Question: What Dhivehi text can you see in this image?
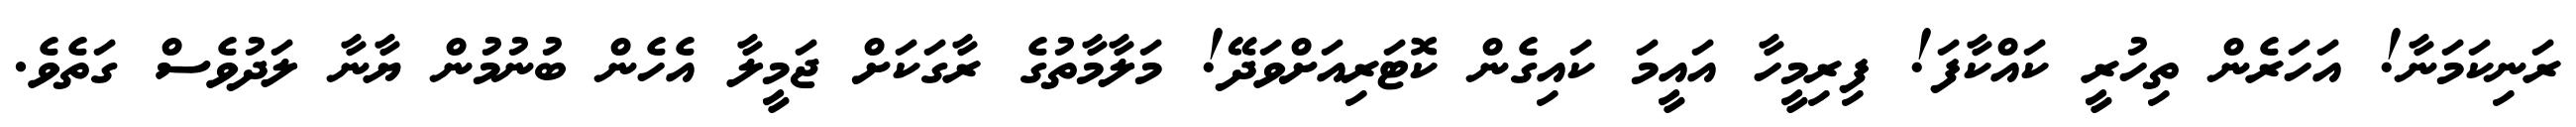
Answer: ރަނިކަމަނާ! އަހަރެން ތިހުރީ ކައްކާފަ! ފިރިމީހާ އައީމަ ކައިގެން ކޮޓަރިއަށްވަދޭ! މަލާމާތުގެ ރާގަކަށް ޖަމީލާ އެހެން ބުނުމުން ޔާނާ ލަދުވެސް ގަތެވެ.